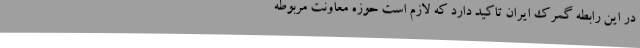
در این رابطه گمرک ایران تاکید دارد که لازم است حوزه معاونت مربوطه